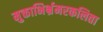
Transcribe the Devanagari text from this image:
मुक्ताभिर्भ्रमरकलिता